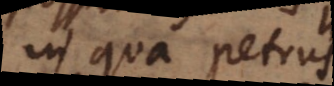
in qua Petrus